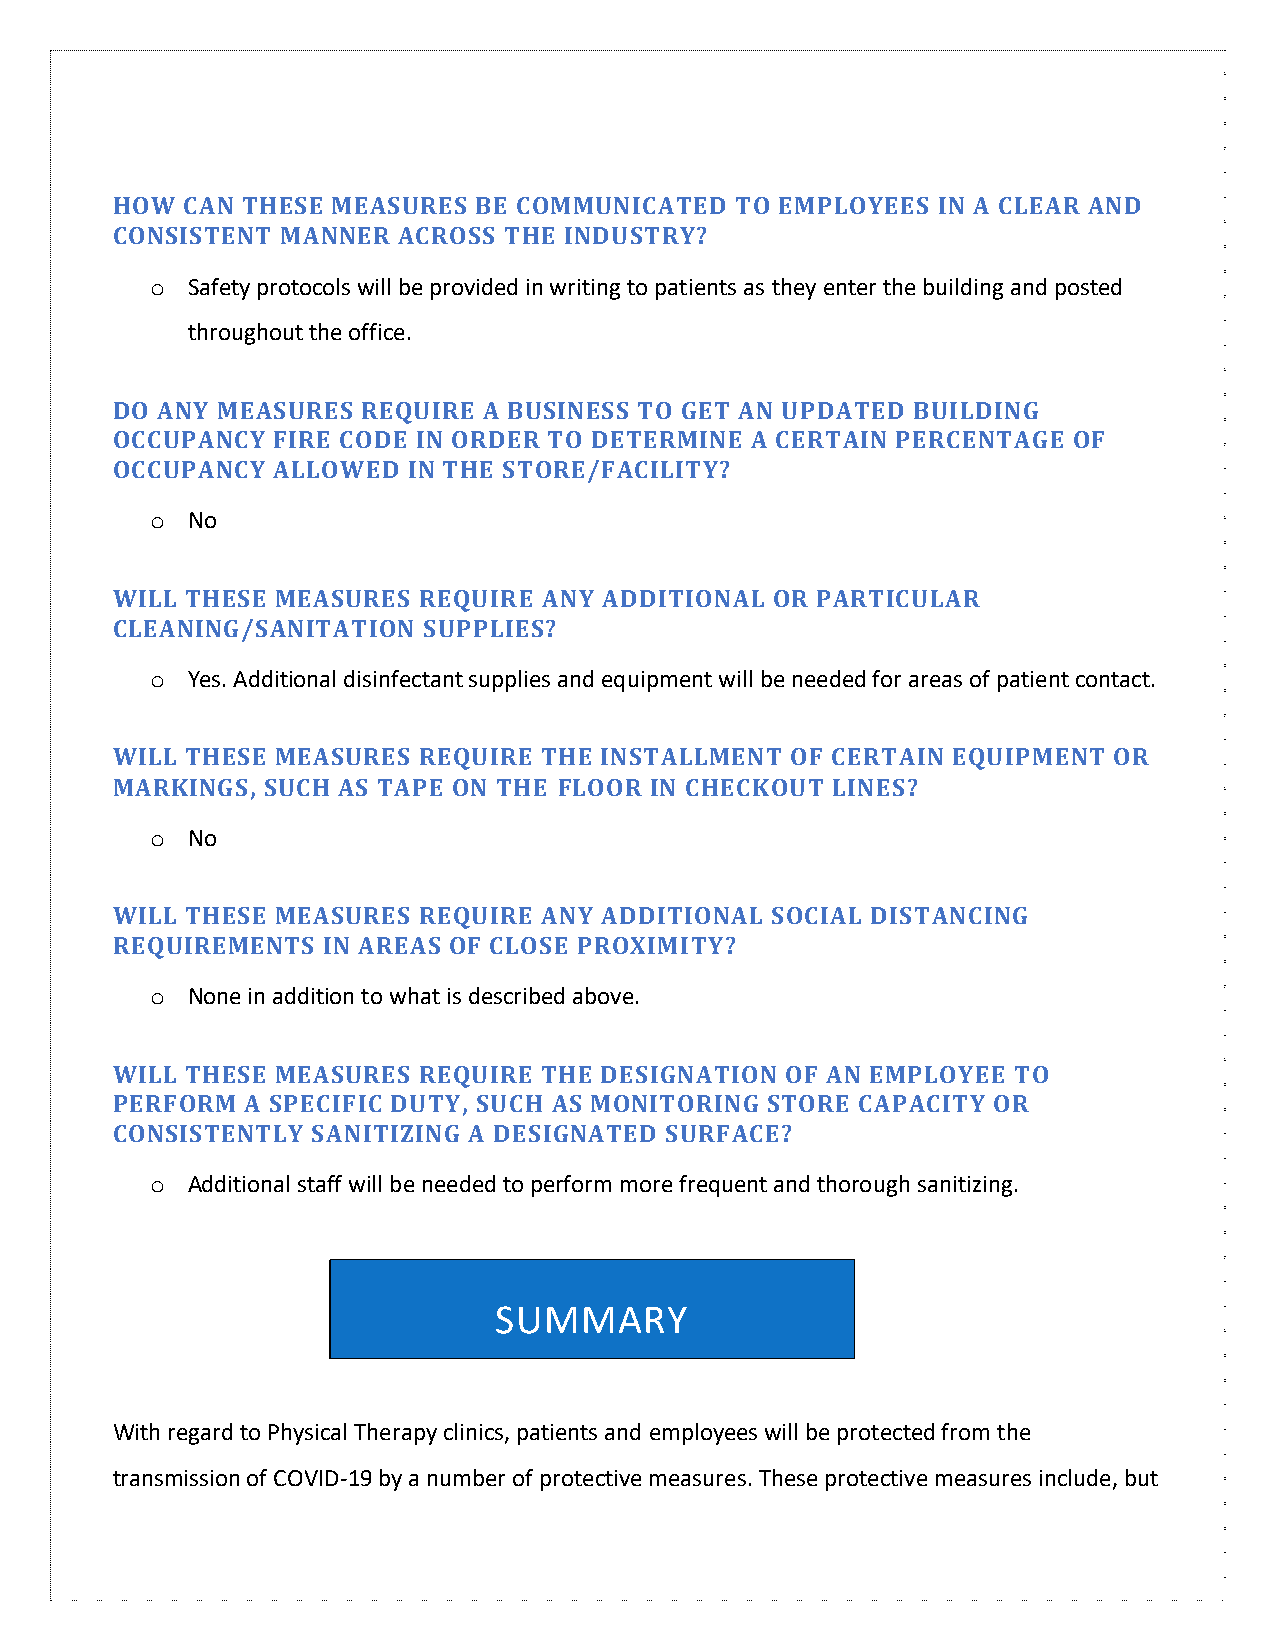
HOW  CAN THESE MEASURES  BE COMMUNICATED  TO EMPLOYEES IN A CLEAR AND
 CONSISTENT  MANNER ACROSS THE INDUSTRY?
 o Safety protocols will be provided in writing to patients as they enter the building and posted
 throughout the office.
 DO ANY MEASURES  REQUIRE A BUSINESS TO GET AN UPDATED BUILDING
 OCCUPANCY  FIRE CODE IN ORDER TO DETERMINE A CERTAIN PERCENTAGE OF
 OCCUPANCY  ALLOWED  IN THE STORE/FACILITY?
 o No
 WILL THESE MEASURES  REQUIRE ANY ADDITIONAL OR PARTICULAR
 CLEANING/SANITATION  SUPPLIES?
 o Yes. Additional disinfectant supplies and equipment will be needed for areas of patient contact.
 WILL THESE MEASURES  REQUIRE THE INSTALLMENT OF CERTAIN EQUIPMENT  OR
 MARKINGS,  SUCH AS TAPE ON THE FLOOR IN CHECKOUT LINES?
 o No
 WILL THESE MEASURES  REQUIRE ANY ADDITIONAL SOCIAL DISTANCING
 REQUIREMENTS  IN AREAS OF CLOSE PROXIMITY?
 o None in addition to what is described above.
 WILL THESE MEASURES  REQUIRE THE DESIGNATION OF AN EMPLOYEE TO
 PERFORM  A SPECIFIC DUTY, SUCH AS MONITORING STORE CAPACITY OR
 CONSISTENTLY  SANITIZING A DESIGNATED SURFACE?
 o Additional staff will be needed to perform more frequent and thorough sanitizing.
 SUMMARY
 With regard to Physical Therapy clinics, patients and employees will be protected from the
 transmission of COVID-19 by a number of protective measures. These protective measures include, but